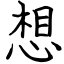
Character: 想